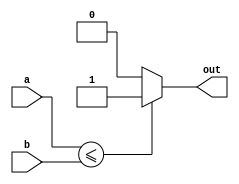
module less_than_equal_to_comparator (
    input [7:0] a,
    input [7:0] b,
    output reg out
);

always @* begin
    if (a <= b) begin
        out <= 1;
    end else begin
        out <= 0;
    end
end

endmodule